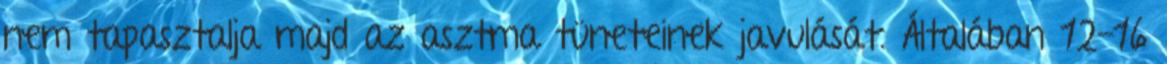
nem tapasztalja majd az asztma tüneteinek javulását. Általában 12-16